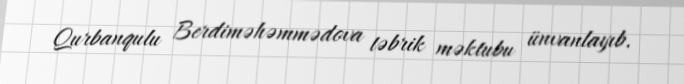
Qurbanqulu Berdiməhəmmədova təbrik məktubu ünvanlayıb.